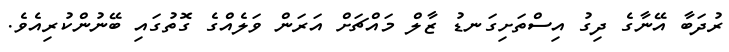
ރުދަބާ އޭނާގެ ދިގު އިސްތަށިގަނޑު ޒާލް މައްޗަށް އަރަން ވަލެއްގެ ގޮތުގައި ބޭނުންކުރިއެވެ.